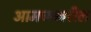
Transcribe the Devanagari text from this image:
आमच्यावरील